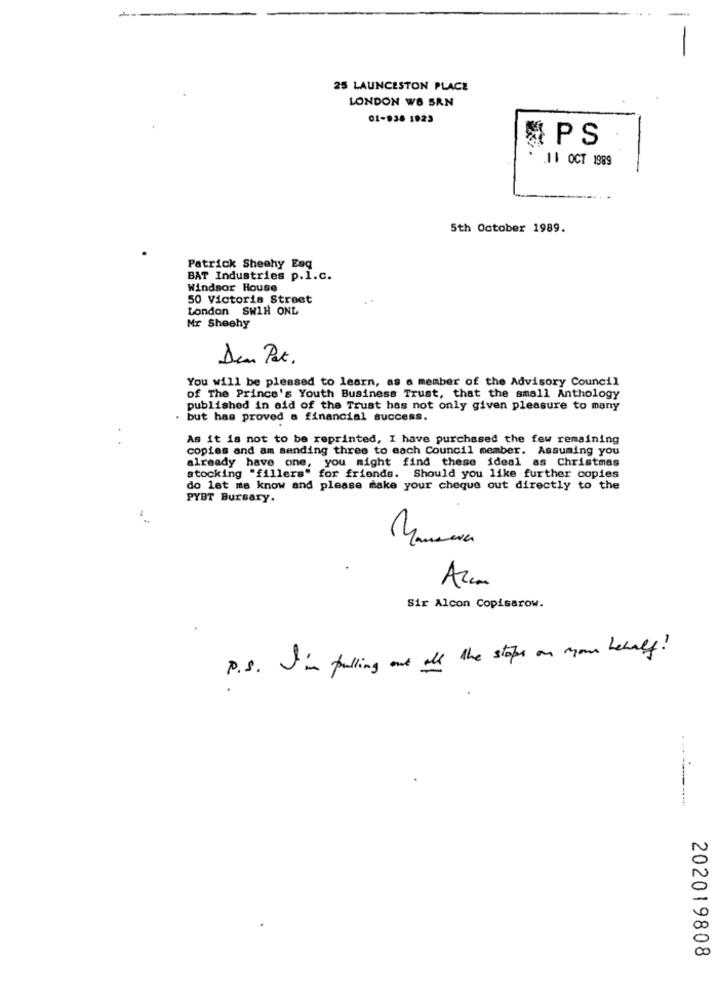
25 LAUNCESTON PLACE
LONDON WO SRN
01-038 1923
PS
.11 OCT 1989
5th October 1989.
Patrick Sheehy Eng
BAT Industries p.l.C.
Windsor House
50 Victoria Street
London SW1H ONL
Mr Sheehy
Dea Pat.
You will be pleased to learn, as a member of the Advisory Council
of The Prince's Youth Business Trust, that the small Anthology
published in eid of the Trust has not only given pleasure to many
. but has proved a financial success.
As it is not to be reprinted, I have purchased the few remaining
copies and am sending three to each Council member. Assuming you
already have one, you might find these ideal as Christmas
stocking "fillers" for friends. Should you like further copies
do let me know and please make your cheque out directly to the
PYBT Bursary.
Azcon
Sir Alcon Copisarow.
P.S. I'm pulling out all the stope on mon behalf!
202019808